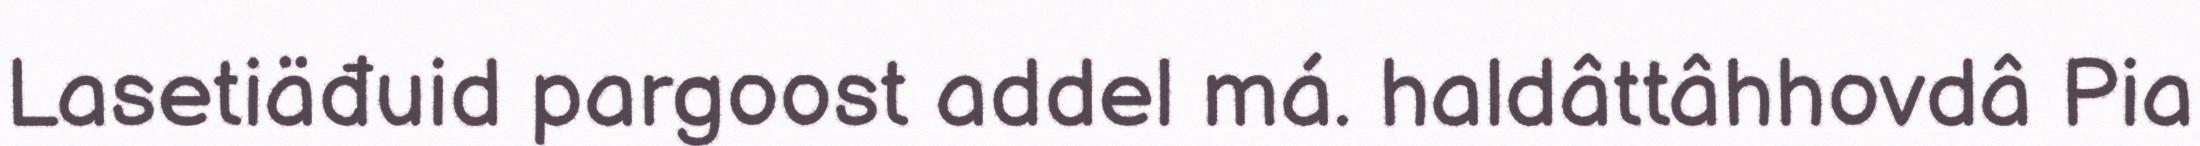
Lasetiäđuid pargoost addel má. haldâttâhhovdâ Pia